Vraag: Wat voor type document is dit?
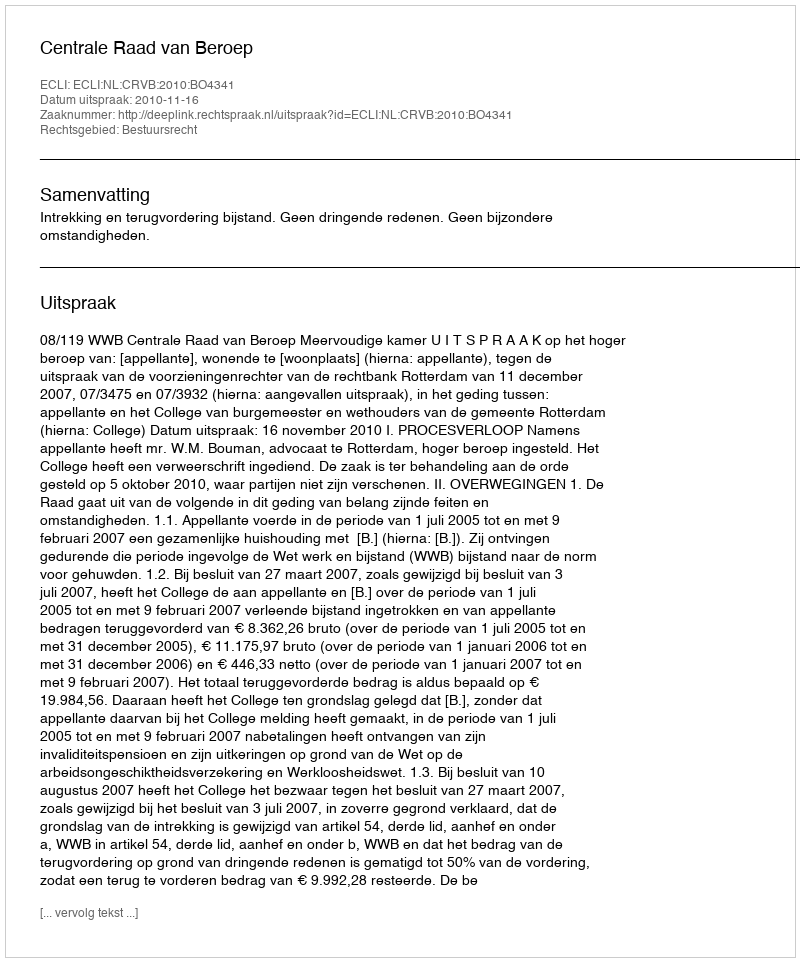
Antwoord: Uitspraak